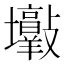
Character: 𡔋